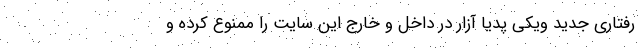
رفتاری جدید ویکی پدیا آزار در داخل و خارج این سایت را ممنوع کرده و